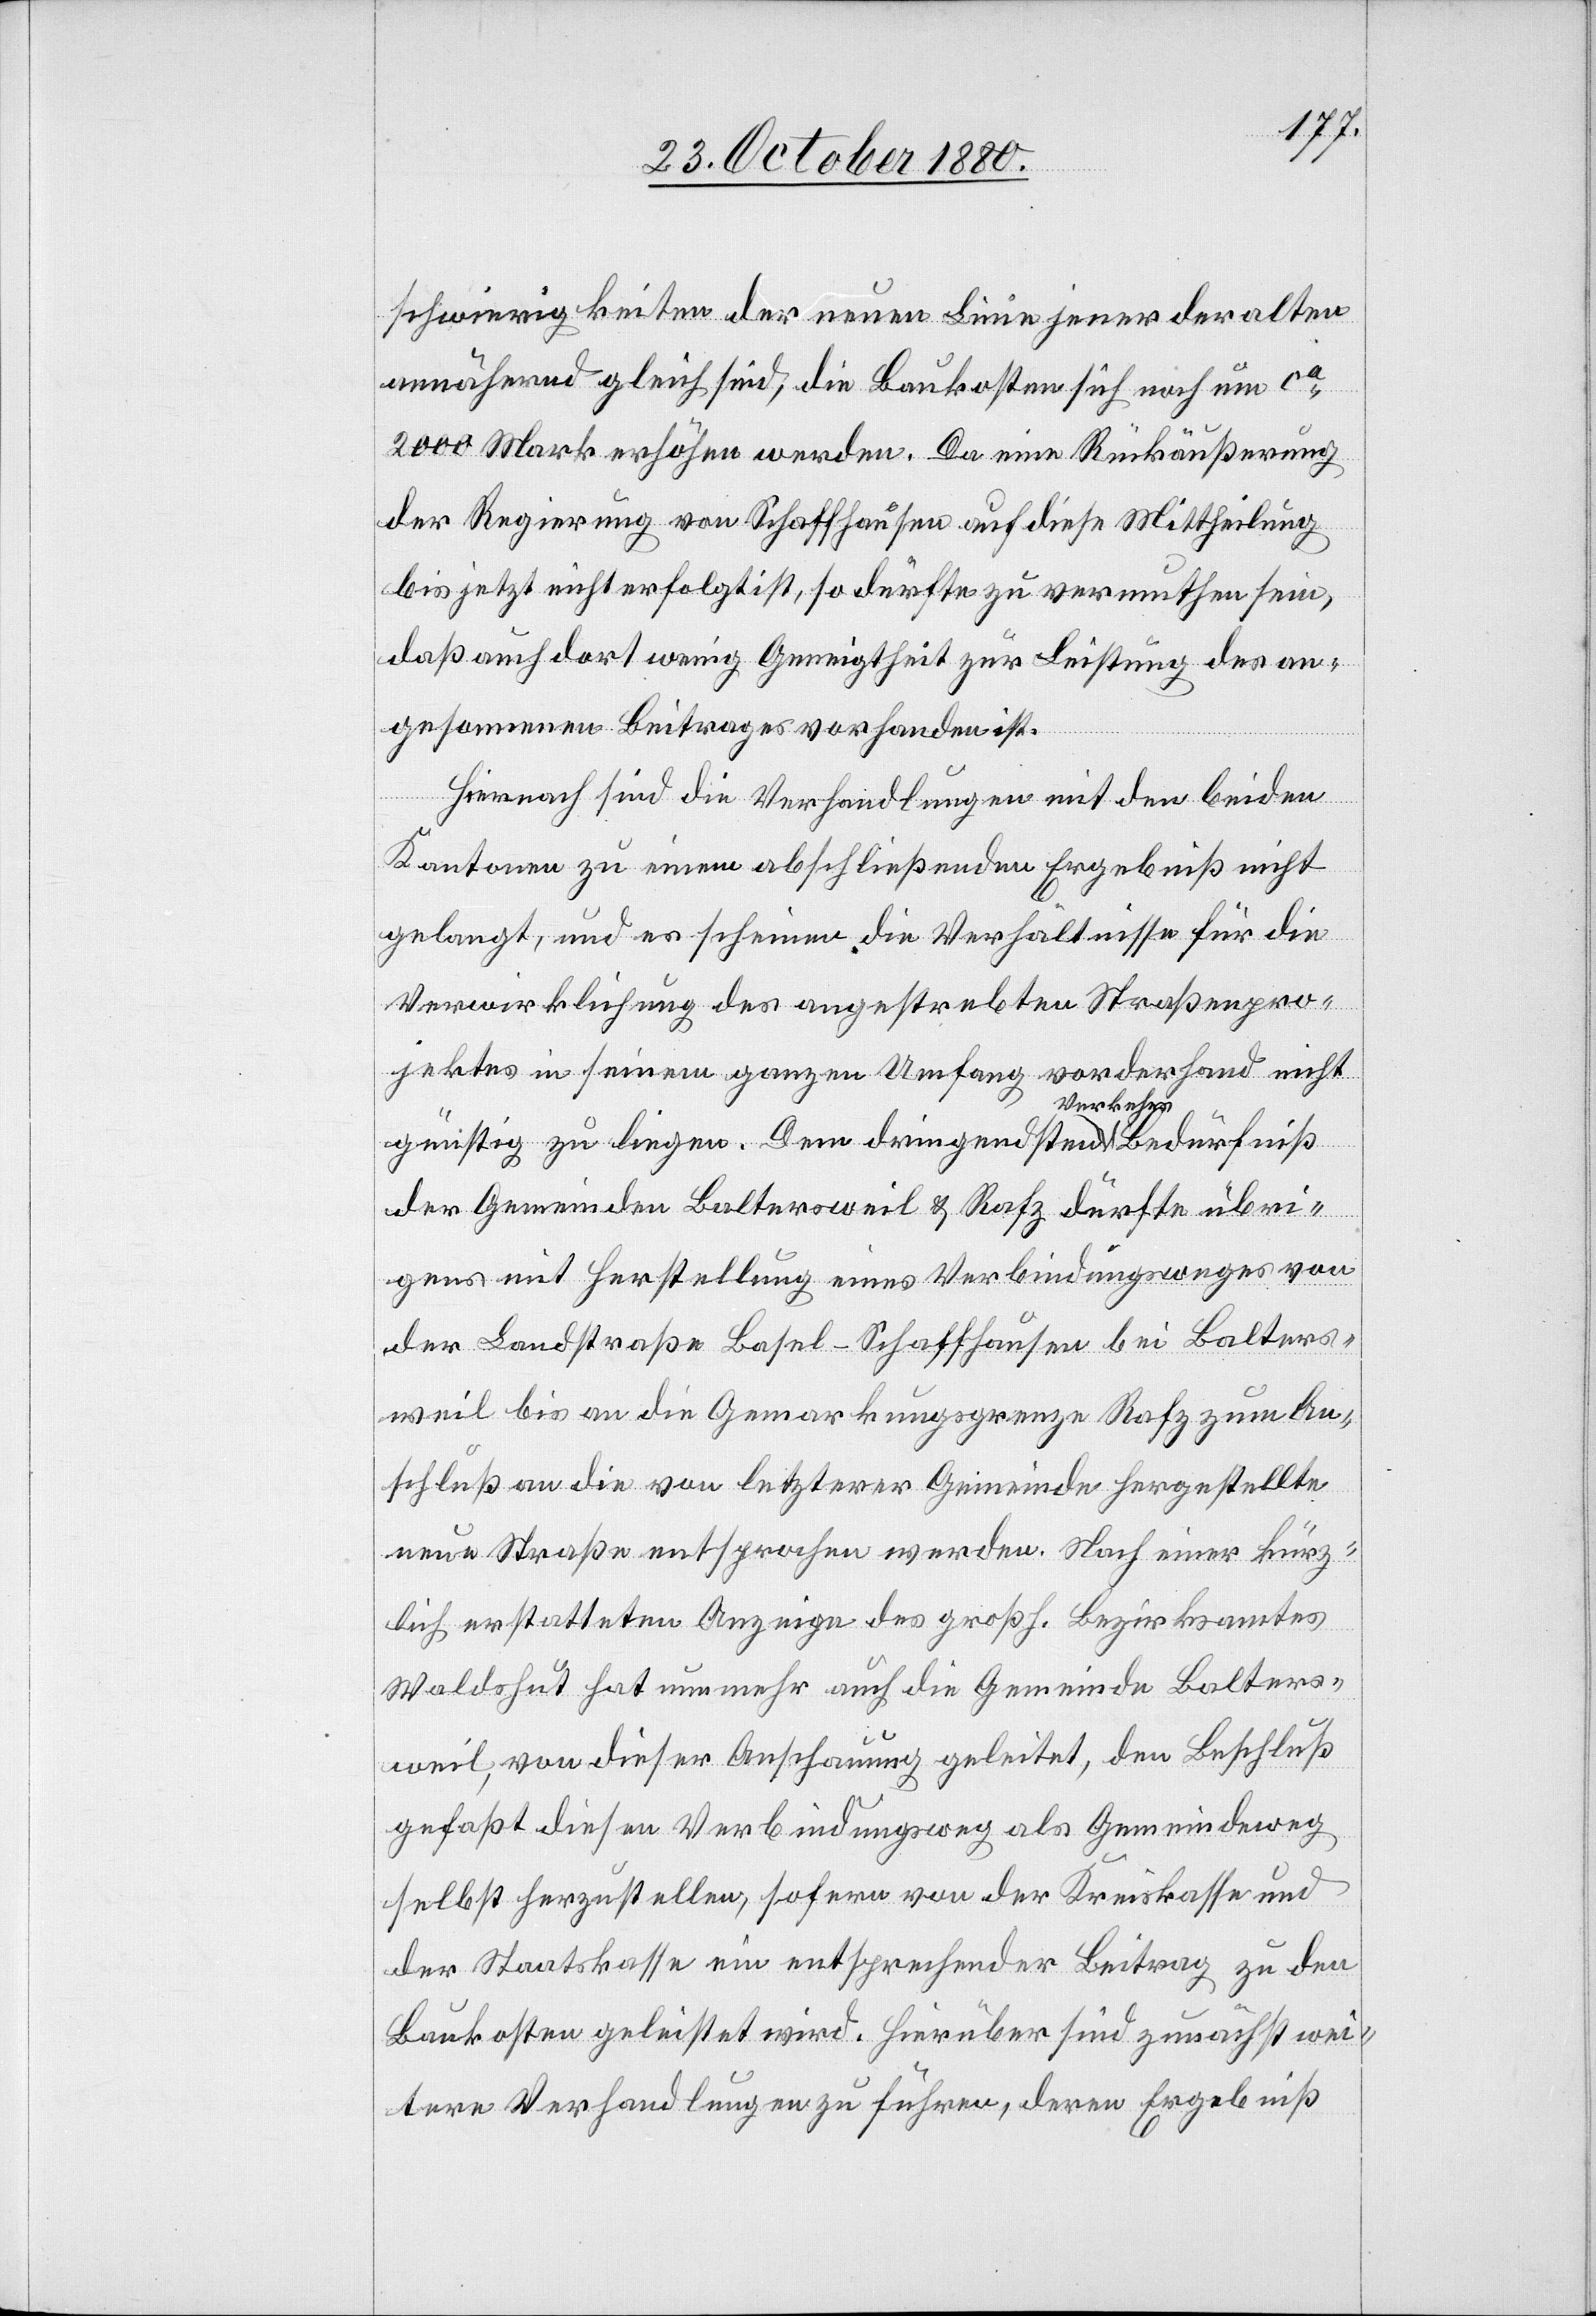
schwierigkeiten der neuen Linie jener der alten
annähernd gleich sind, die Baukosten sich noch um ca
2000 Mark erhöhen werden. Da eine Rückäußerung
der Regierung von Schaffhausen auf diese Mittheilung
bis jetzt nicht erfolgt ist, so dürfte zu vermuthen sein,
daß auch dort wenig Geneigtheit zur Leistung des an¬
gesonnenen Beitrages vorhanden ist.
Hiernach sind die Verhandlungen mit den beiden
Kantonen zu einem abschließenden Ergebniß nicht
gelangt, und es schienen die Verhältnisse für die
Verwirklichung des angestrebten Straßenpro¬
jektes in seinem ganzen Umfang vorderhand nicht
günstig zu liegen. Dem dringendsten a-Verkehrs-aBedürfniß
der Gemeinden Baltersweil & Rafz dürfte übri¬
gens mit Herstellung eines Verbindungsweges von
der Landstraße Basel–Schaffhausen bei Balters¬
weil bis an die Gemarkungsgrenze Rafz zum An¬
schluß an die von letzterer Gemeinde hergestellte
neue Straße entsprochen werden. Nach einer kürz¬
lich erstatteten Anzeige des großh. Bezirksamtes
Waldshut hat nunmehr auch die Gemeinde Balters¬
weil von dieser Anschauung geleitet, den Beschluß
gefaßt diesen Verbindungsweg als Gemeindeweg
selbst herzustellen, sofern von der Kreiskasse und
der Staatskasse ein entsprechender Beitrag zu den
Baukosten geleistet wird. Hierüber sind zunächst wei¬
tere Verhandlungen zu führen, deren Ergebniß